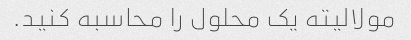
مولالیته یک محلول را محاسبه کنید.